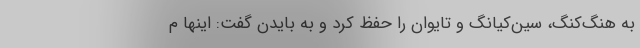
به هنگ‌کنگ، سین‌کیانگ و تایوان را حفظ کرد و به بایدن گفت: اینها م